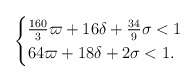
\begin{align*}\begin{cases}\tfrac{160}{3}\varpi+16\delta+\tfrac{34}{9}\sigma<1\\64\varpi+18\delta+2\sigma<1.\end{cases}\end{align*}